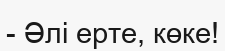
- Әлі ерте, көке!